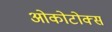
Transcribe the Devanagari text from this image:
ओकोटोक्स